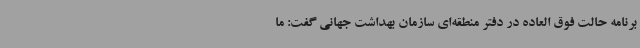
برنامه حالت فوق العاده در دفتر منطقه‌ای سازمان بهداشت جهانی گفت: ما